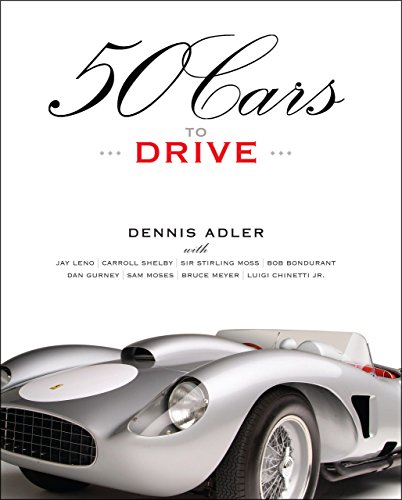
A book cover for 50 Cars to Drive; Dennis Adler; Engineering & Transportation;